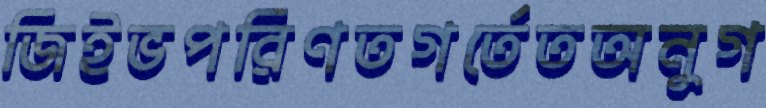
জিইভপরিণতগর্তেতঅনুগ